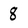
Character: 8